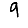
Digit: 9